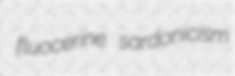
fluocerine sardonicism